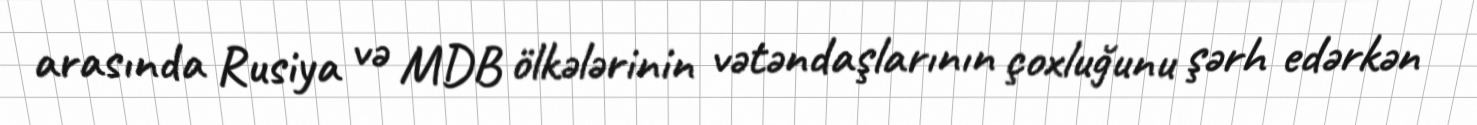
arasında Rusiya və MDB ölkələrinin vətəndaşlarının çoxluğunu şərh edərkən